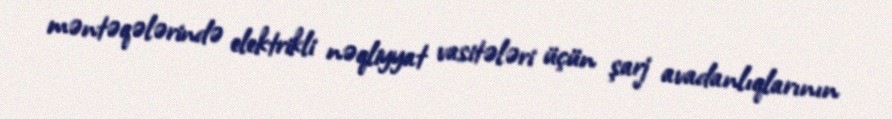
məntəqələrində elektrikli nəqliyyat vasitələri üçün şarj avadanlıqlarının